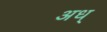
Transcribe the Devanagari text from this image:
अध्